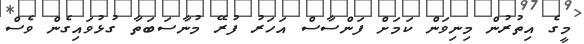
މީގެ އިތުރުން މިނިވަން ކަމަށް ފަންސާސް އަހަރު ފުރޭ މުނާސަބަތާ ގުޅުވައިގެން ވެސް